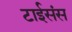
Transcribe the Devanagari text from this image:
टाईसंस